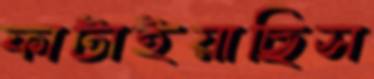
ফাটাইয়াছিস